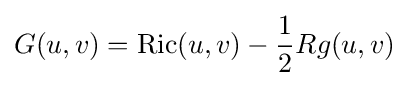
G(u,v)=\operatorname {Ric} (u,v)-{\frac {1}{2}}Rg(u,v)